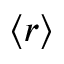
\langle r \rangle